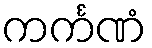
ကင်္ကဏံ